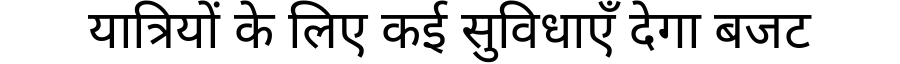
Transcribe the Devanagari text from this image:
यात्रियों के लिए कई सुविधाएँ देगा बजट